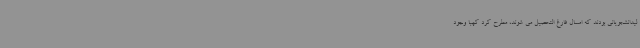
لیدانشجویانی بودند که امسال فارغ التحصیل می شوند، مطرح کرد کهبا وجود